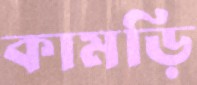
কামড়ি